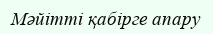
Мәйітті қабірге апару